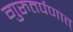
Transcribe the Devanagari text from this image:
गुरुतर्पणात्